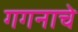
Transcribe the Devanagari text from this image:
गगनाचे